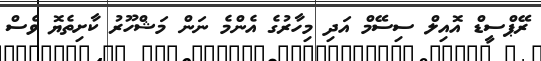
ރޭޕްސީޑް އޮއިލް ސިސޭމް އަދި މިހާރުގެ އެންމެ ނަން މަޝްހޫރު ކާށިތެޔޮ ވެސް